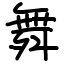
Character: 舞